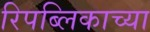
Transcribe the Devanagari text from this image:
रिपब्लिकाच्या